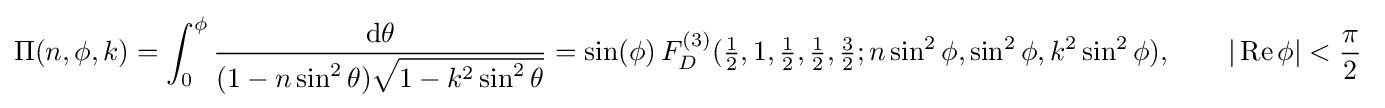
\Pi (n,\phi ,k)=\int _{0}^{\phi }{\frac {\mathrm {d} \theta }{(1-n\sin ^{2}\theta ){\sqrt {1-k^{2}\sin ^{2}\theta }}}}=\sin(\phi )\,F_{D}^{(3)}({\tfrac {1}{2}},1,{\tfrac {1}{2}},{\tfrac {1}{2}},{\tfrac {3}{2}};n\sin ^{2}\phi ,\sin ^{2}\phi ,k^{2}\sin ^{2}\phi ),\qquad |\operatorname {Re} \phi |<{\frac {\pi }{2}}~